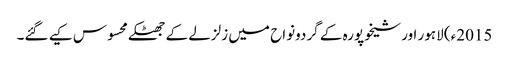
2015ء) لاہور اور شیخوپورہ کے گردونواح میں زلزلے کے جھٹکے محسوس کیے گئے۔